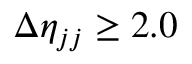
{ \Delta \eta _ { j j } \geq 2 . 0 }